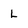
Character: L